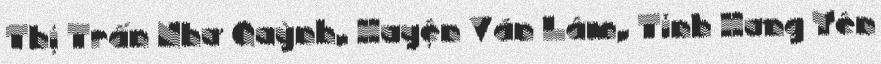
Thị Trấn Như Quỳnh, Huyện Văn Lâm, Tỉnh Hưng Yên